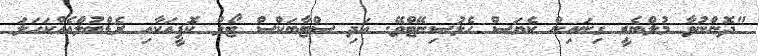
"ދޮންނުވާ މުލްބެރީ ގިނައިން ކެޔަސް ހެލުސިނޭޓްވޭ. އަދި ސްޓާބަކްސް ޓޯލް ކޮފީއަކާއި ރެޑްބުލްއެއްކަހަލަ